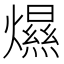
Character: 𤐴